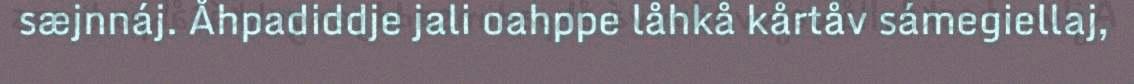
sæjnnáj. Åhpadiddje jali oahppe låhkå kårtåv sámegiellaj,